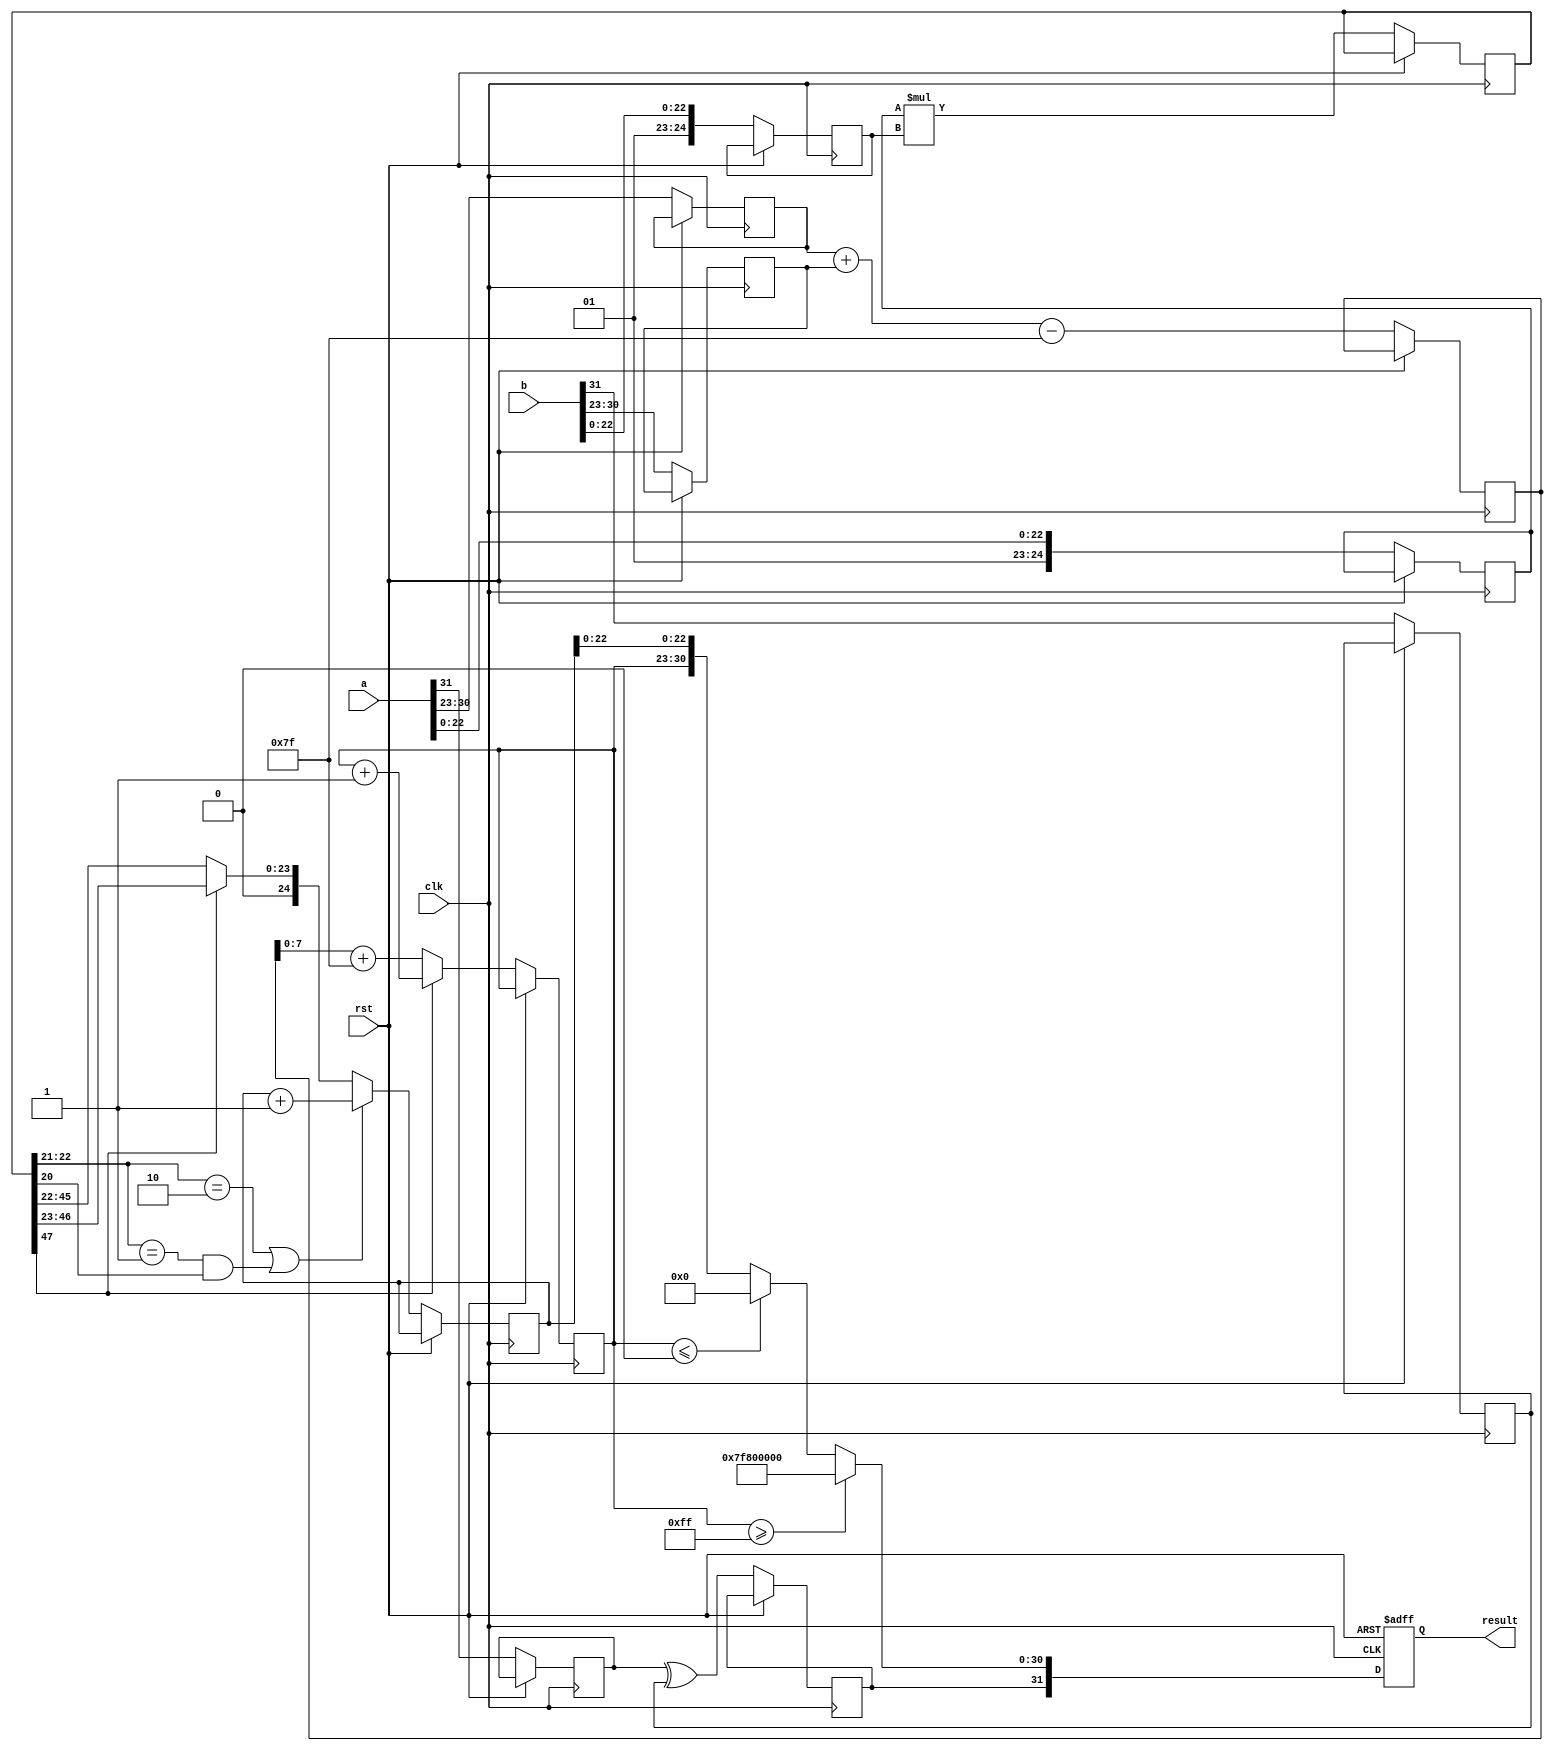
module radix2_fp_multiplier (
    input wire clk,
    input wire rst,
    input wire [31:0] a, // First floating-point input
    input wire [31:0] b, // Second floating-point input
    output reg [31:0] result // Resulting floating-point output
);

    // Constants
    localparam EXPONENT_BIAS = 127;
    localparam SIGNIFICAND_WIDTH = 23;

    // Internal signals
    reg sign_a, sign_b, sign_result;
    reg [7:0] exponent_a, exponent_b, exponent_result;
    reg [SIGNIFICAND_WIDTH + 1:0] significand_a, significand_b, significand_result;
    reg [8:0] exponent_temp; // For intermediate exponent calculations
    reg [47:0] significand_temp; // For multiplication result

    // State machine or combinatorial logic to handle the operations
    always @(posedge clk or posedge rst) begin
        if (rst) begin
            result <= 32'b0;
        end else begin
            // Step 1: Extract sign, exponent, and significand
            sign_a <= a[31];
            sign_b <= b[31];
            exponent_a <= a[30:23];
            exponent_b <= b[30:23];
            significand_a <= {1'b1, a[22:0]}; // Implicit leading 1 for normalized numbers
            significand_b <= {1'b1, b[22:0]}; // Implicit leading 1 for normalized numbers

            // Step 2: Calculate the sign of the result
            sign_result <= sign_a ^ sign_b;

            // Step 3: Calculate the exponent
            exponent_temp <= exponent_a + exponent_b - EXPONENT_BIAS;
            exponent_result <= exponent_temp + EXPONENT_BIAS;

            // Step 4: Multiply the significands
            significand_temp <= significand_a * significand_b;

            // Step 5: Normalize the result
            if (significand_temp[47]) begin
                // If the result is larger than 1, shift right and increment exponent
                significand_result <= significand_temp[46:23]; // 24 bits
                exponent_result <= exponent_result + 1;
            end else begin
                // If the result is less than 1, shift left
                significand_result <= significand_temp[45:22]; // 24 bits
                // No change to exponent
            end

            // Step 6: Rounding (simple rounding to nearest even)
            if (significand_temp[22:21] == 2'b10 || (significand_temp[22:21] == 2'b01 && significand_temp[20])) begin
                significand_result <= significand_result + 1;
            end

            // Step 7: Handle overflow/underflow and special cases
            if (exponent_result >= 255) begin
                // Overflow to infinity
                result <= {sign_result, 8'hFF, 23'b0};
            end else if (exponent_result <= 0) begin
                // Underflow to zero
                result <= {sign_result, 8'b0, 23'b0};
            end else begin
                // Normal case
                result <= {sign_result, exponent_result[7:0], significand_result[SIGNIFICAND_WIDTH-1:0]};
            end
        end
    end

endmodule